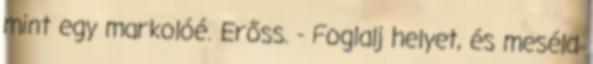
mint egy markolóé. Erőss. - Foglalj helyet, és meséld